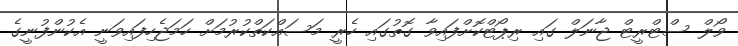
ވޯލް ސްޓްރީޓް ޖާނަލް ގައި ރިޕޯޓްކޮށްފައިވާ ގޮތުގައި ހެރީ މަސައްކަތްކުރުމަށް ހަމަޖެހިފައިވަނީ އެކުންފުނީގެ